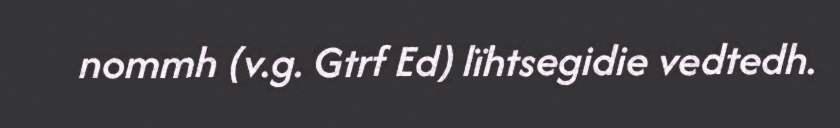
nommh (v.g. Gtrf Ed) lïhtsegidie vedtedh.